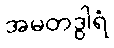
အမတဒွါရံ